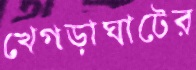
খেগড়াঘাটের